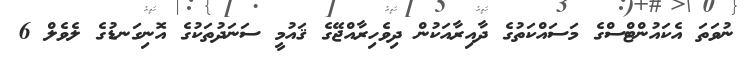
ނުވަތަ އެކައުންޓްސްގެ މަސައްކަތުގެ ދާއިރާއަކުން ދިވެހިރާއްޖޭގެ ޤައުމީ ސަނަދުތަކުގެ އޮނިގަނޑުގެ ލެވެލް 6